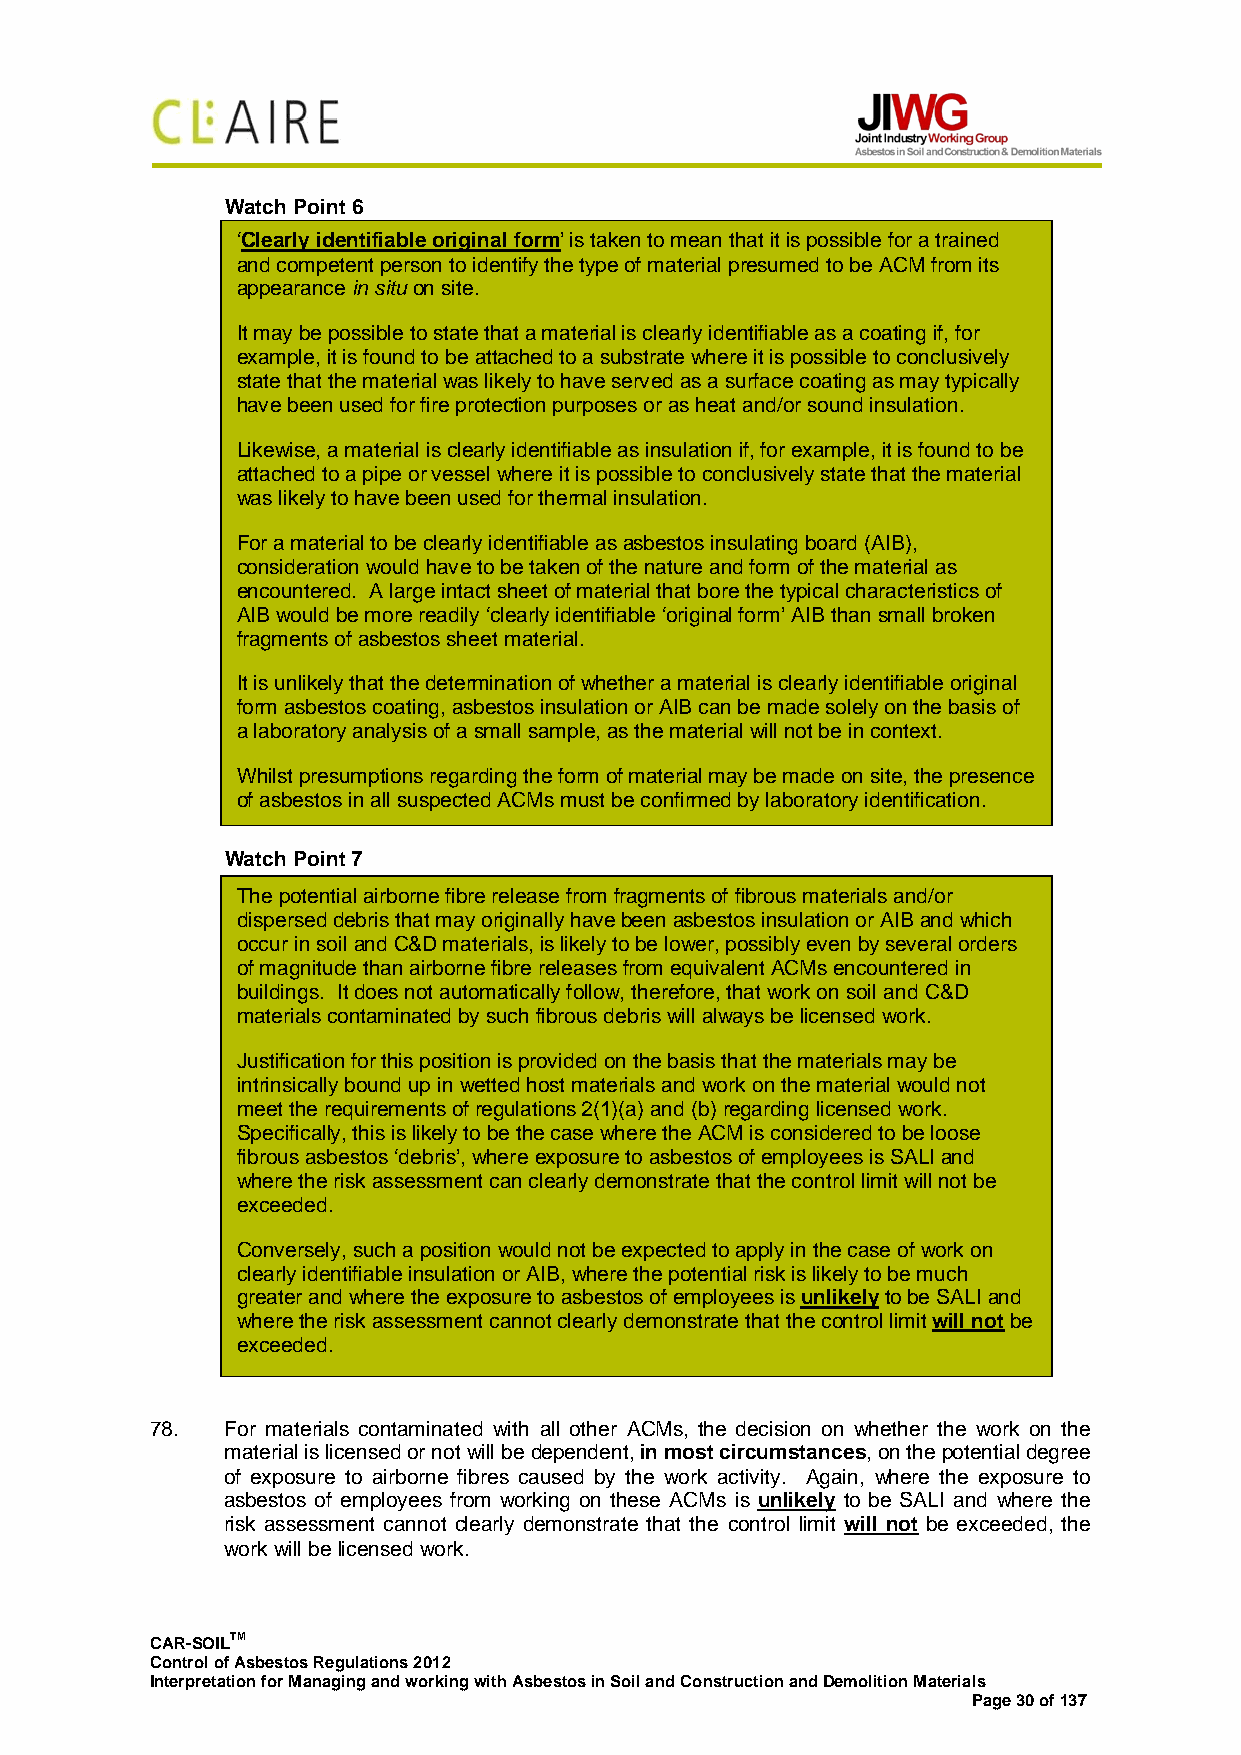
Watch Point 6
 ‘Clearly identifiable original form’ is taken to mean that it is possible for a trained
 •
 and competent person to identify the type of material presumed to be ACM from its
 •
 appearance in situ on site.
 •
 • It m ay be possible to state that a material is clearly identifiable as a coating if, for
 • exa mple, it is found to be attached to a substrate where it is possible to conclusively
 • sta te that the material was likely to have served as a surface coating as may typically
 • hav e been used for fire protection purposes or as heat and/or sound insulation.
 •
 • Lik ewise, a material is clearly identifiable as insulation if, for example, it is found to be
 attached to a pipe or vessel where it is possible to conclusively state that the material
 was likely to have been used for thermal insulation.
 For a material to be clearly identifiable as asbestos insulating board (AIB),
 consideration would have to be taken of the nature and form of the material as
 encountered. A large intact sheet of material that bore the typical characteristics of
 AIB would be more readily ‘clearly identifiable ‘original form’ AIB than small broken
 fragments of asbestos sheet material.
 It is unlikely that the determination of whether a material is clearly identifiable original
 form asbestos coating, asbestos insulation or AIB can be made solely on the basis of
 a laboratory analysis of a small sample, as the material will not be in context.
 Whilst presumptions regarding the form of material may be made on site, the presence
 of asbestos in all suspected ACMs must be confirmed by laboratory identification.
 Watch Point 7
 The potential airborne fibre release from fragments of fibrous materials and/or
 dispersed debris that may originally have been asbestos insulation or AIB and which
 occur in soil and C&D materials, is likely to be lower, possibly even by several orders
 of magnitude than airborne fibre releases from equivalent ACMs encountered in
 buildings. It does not automatically follow, therefore, that work on soil and C&D
 materials contaminated by such fibrous debris will always be licensed work.
 Justification for this position is provided on the basis that the materials may be
 intrinsically bound up in wetted host materials and work on the material would not
 meet the requirements of regulations 2(1)(a) and (b) regarding licensed work.
 Specifically, this is likely to be the case where the ACM is considered to be loose
 fibrous asbestos ‘debris’, where exposure to asbestos of employees is SALI and
 where the risk assessment can clearly demonstrate that the control limit will not be
 exceeded.
 Conversely, such a position would not be expected to apply in the case of work on
 clearly identifiable insulation or AIB, where the potential risk is likely to be much
 greater and where the exposure to asbestos of employees is unlikely to be SALI and
 where the risk assessment cannot clearly demonstrate that the control limit will not be
 exceeded.
 78.  For materials contaminated with all other ACMs, the decision on whether the work on the
 material is licensed or not will be dependent, in most circumstances, on the potential degree
 of exposure to airborne fibres caused by the work activity. Again, where the exposure to
 asbestos of employees from working on these ACMs is unlikely to be SALI and where the
 risk assessment cannot clearly demonstrate that the control limit will not be exceeded, the
 work will be licensed work.
 CAR-SOILTM
 Control of Asbestos Regulations 2012
 Interpretation for Managing and working with Asbestos in Soil and Construction and Demolition Materials
 Page 30 of 137